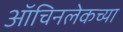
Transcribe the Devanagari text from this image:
ऑचिनलेकच्या